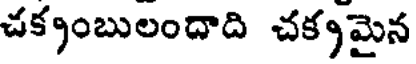
చక్కంబులందాది చక్కమైన